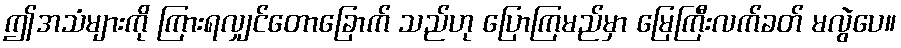
ဤအသံများကို ကြားရလျှင်တောခြောက် သည်ဟု ပြောကြမည်မှာ မြေကြီးလက်ခတ် မလွဲပေ။